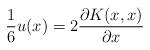
LaTeX: \begin{align*}{1\over 6} u(x) = 2 {\partial K(x,x)\over \partial x}\end{align*}